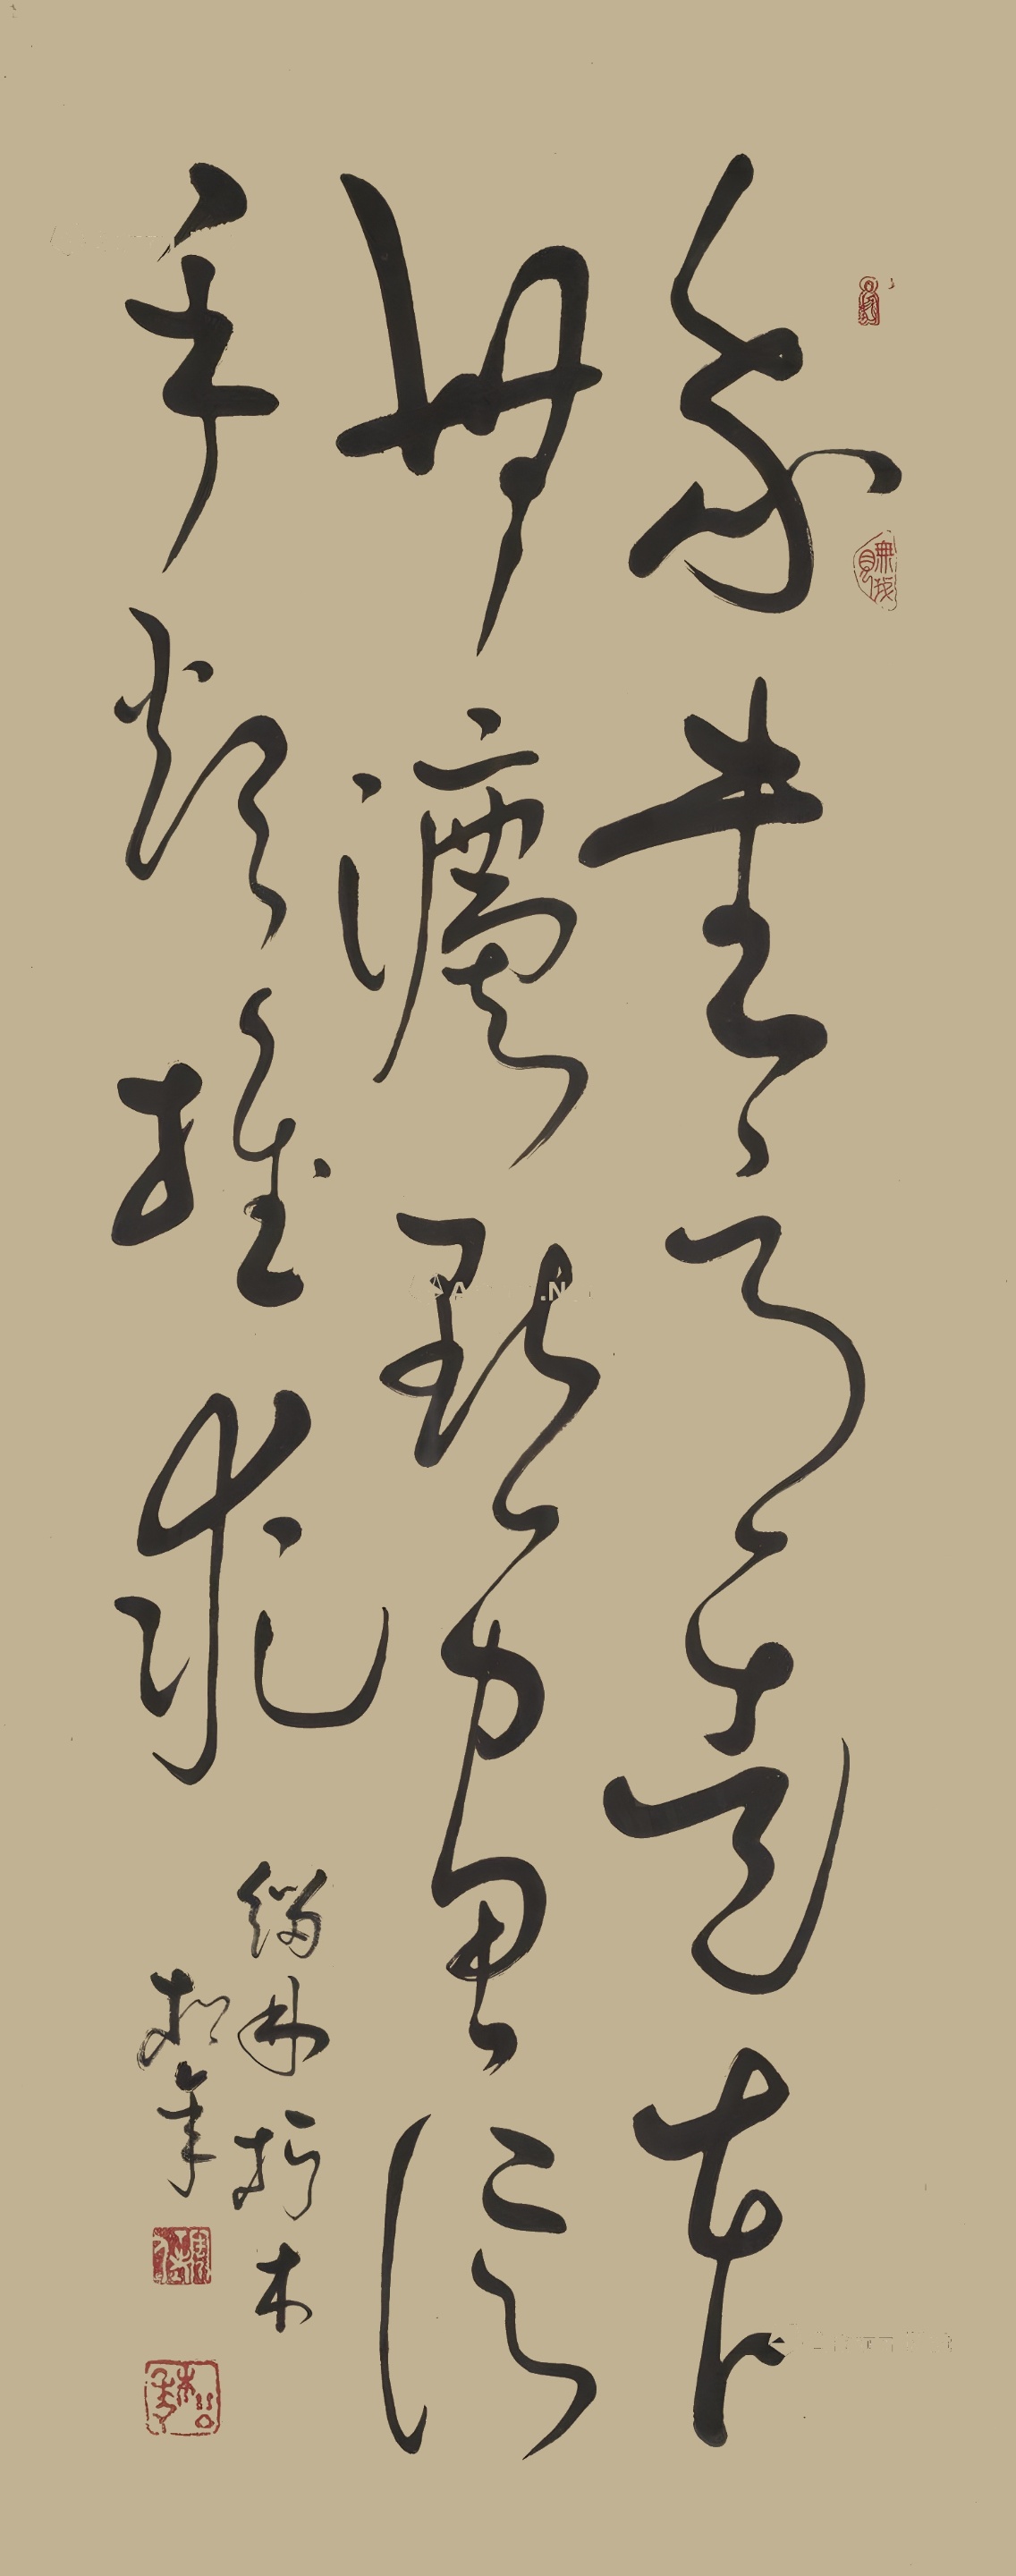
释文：我书意造本无法，点画信手烦推求。缁林朽木松年。